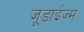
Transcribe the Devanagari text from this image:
जूडाईज्म